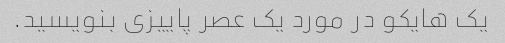
یک هایکو در مورد یک عصر پاییزی بنویسید.